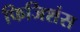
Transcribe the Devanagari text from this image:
फिजिशंस